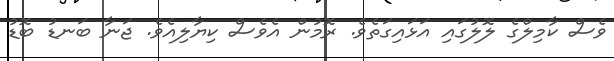
ވެސް ކާމިލްގެ ލޮލުގައި އަޅައިގަތެވެ. ރޮމުން އެވެސް ކިޔާލިއެވެ. ޖަނާ ބަނޑު ބޮޑު